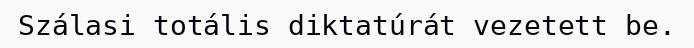
Szálasi totális diktatúrát vezetett be.